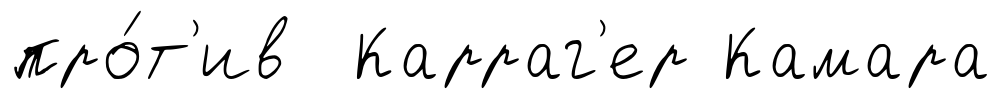
про́т'ив Карраг'ер Камара